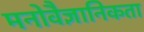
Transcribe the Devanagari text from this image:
मनोवैज्ञानिकता